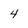
Character: 4